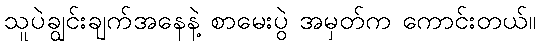
သူပဲချွင်းချက်အနေနဲ့ စာမေးပွဲ အမှတ်က ကောင်းတယ်။